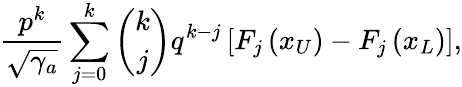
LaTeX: \frac{p^{k}}{\sqrt{\gamma_{a}}}\sum_{j=0}^{k}{\binom{k}{j}}q^{k-j}\left[F_{j}\left(x_{U}\right)-F_{j}\left(x_{L}\right)\right],